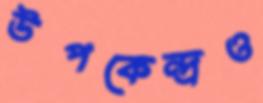
উপকেন্দ্রও